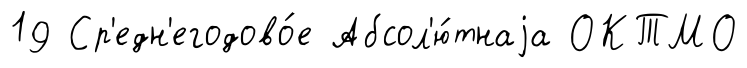
19 Ср'едн'егодово́е Абсол'ю́тнаjа ОКТМО